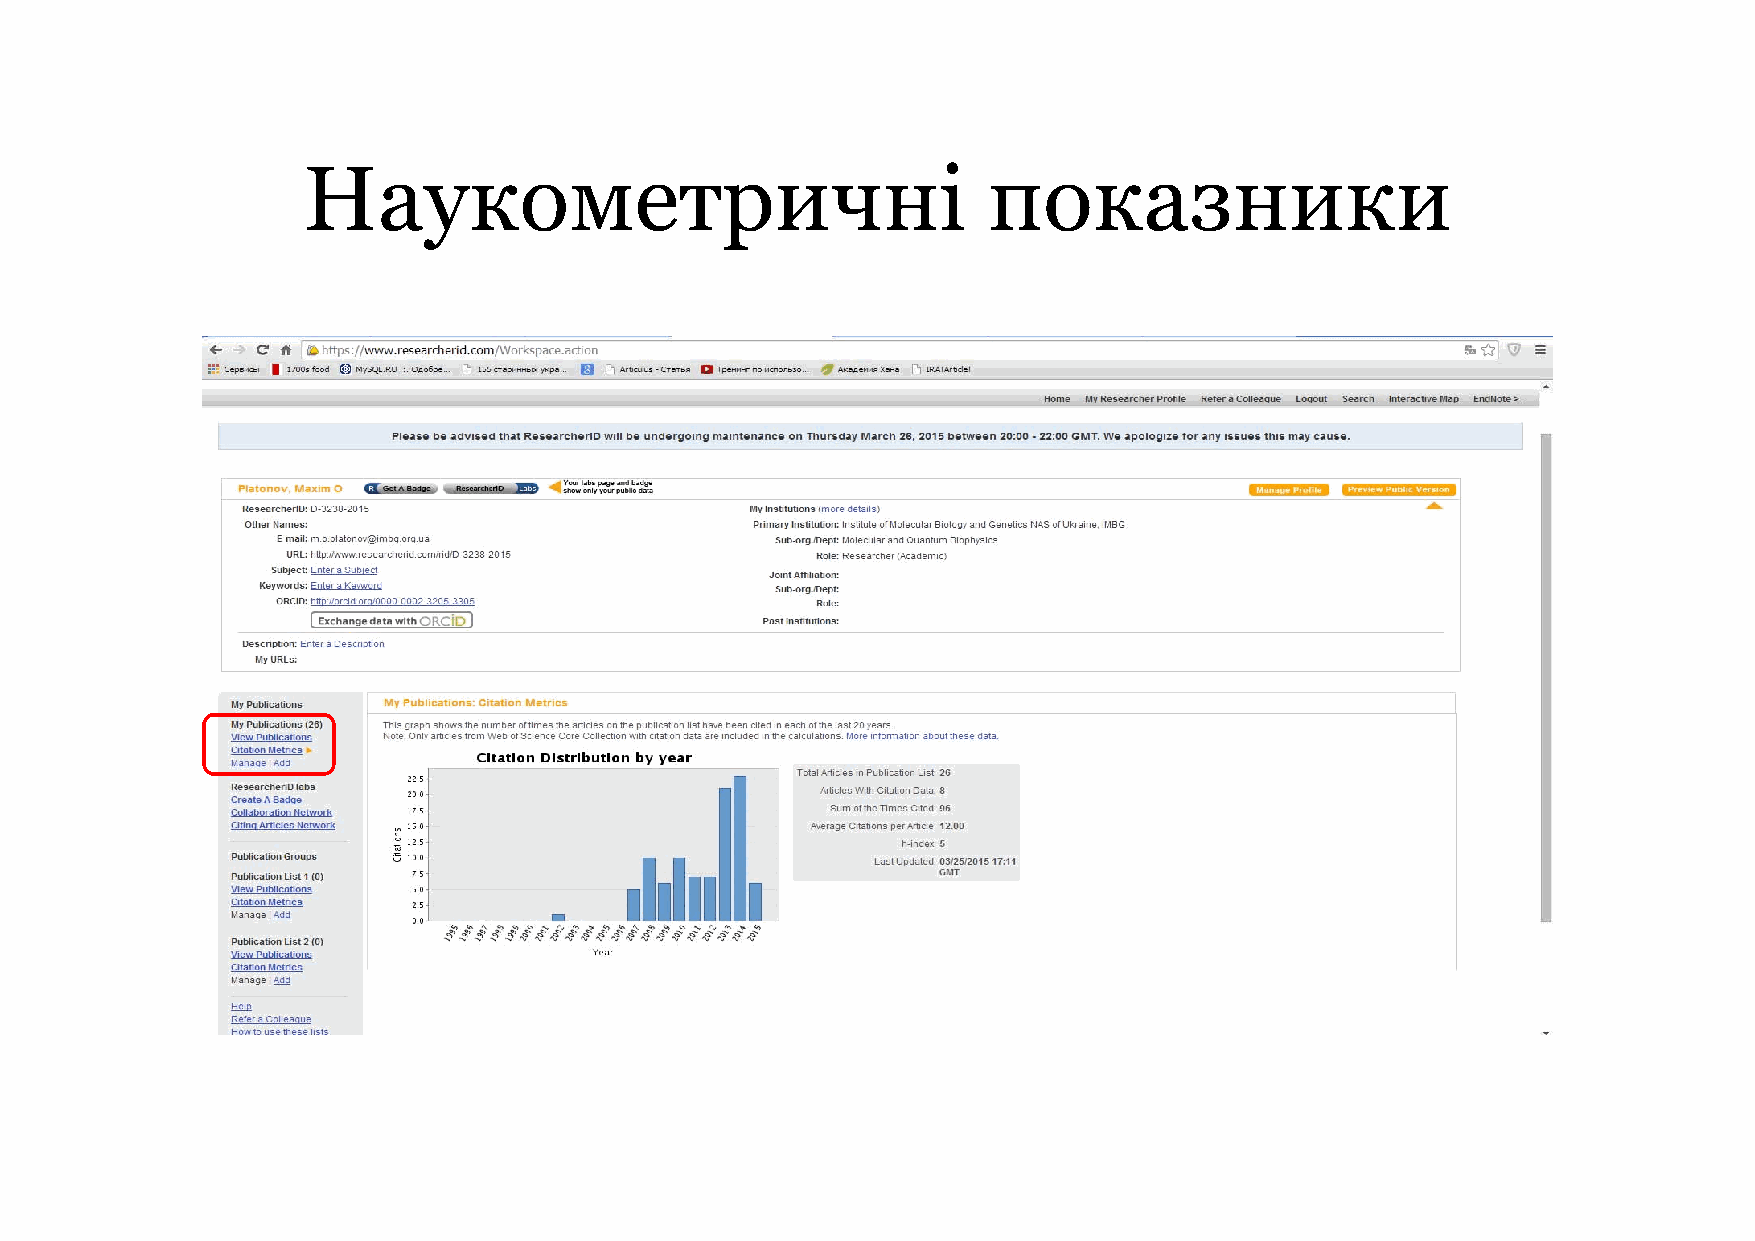
Наукометричні                                показники